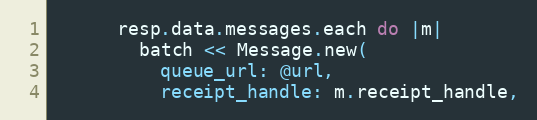
Language: Ruby
      resp.data.messages.each do |m|
        batch << Message.new(
          queue_url: @url,
          receipt_handle: m.receipt_handle,